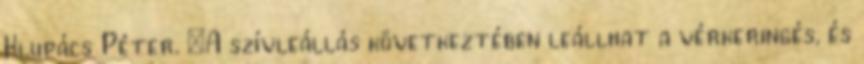
Klupács Péter. „A szívleállás következtében leállhat a vérkeringés, és